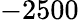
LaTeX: -2500